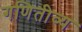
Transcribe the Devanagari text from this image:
गणितीव्य